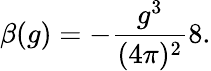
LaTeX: \beta(g)=-\frac{g^{3}}{(4\pi)^{2}}8.